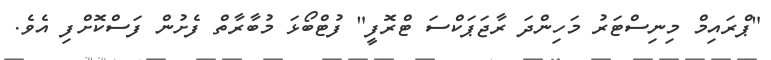
"ޕްރައިމް މިނިސްޓަރު މަހިންދަ ރާޖަޕަކްސަ ޓްރޮފީ" ފުޓްބޯޅަ މުބާރާތް ފެށުން ފަސްކޮށްފި އެވެ.